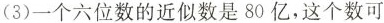
(3)一个六位数的近似数是 80 亿，这个数可